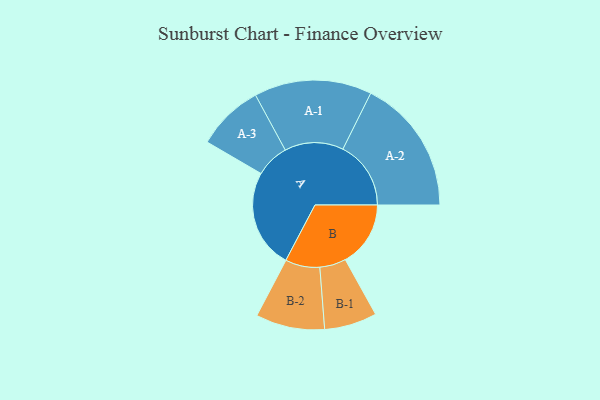
{"axis": {"x": "Segment", "y": "Value"}, "legend": ["", "A", "B"], "data": [{"x": "A", "y": 399, "type": ""}, {"x": "B", "y": 263, "type": ""}, {"x": "A-1", "y": 237, "type": "A"}, {"x": "A-2", "y": 274, "type": "A"}, {"x": "A-3", "y": 135, "type": "A"}, {"x": "B-1", "y": 106, "type": "B"}, {"x": "B-2", "y": 139, "type": "B"}]}